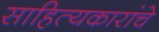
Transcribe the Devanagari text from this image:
साहित्यकारांचे